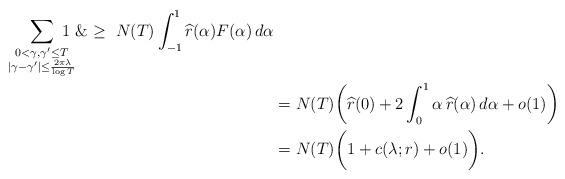
LaTeX: \begin{align*}\sum_{\substack{0<\gamma,\gamma'\le T \\|\gamma-\gamma'|\le \frac{2\pi\lambda}{\log T}}} \!\!\!\!\!\!1 \ \&\ge \ N(T)\int_{-1}^1\widehat r(\alpha)F(\alpha)\,d\alpha\\&= N(T) \bigg(\widehat r(0) + 2\int_0^1 \alpha \, \widehat r(\alpha)\,d\alpha +o(1) \bigg)\\&= N(T) \bigg( 1 + c(\lambda;r) +o(1) \bigg). \end{align*}